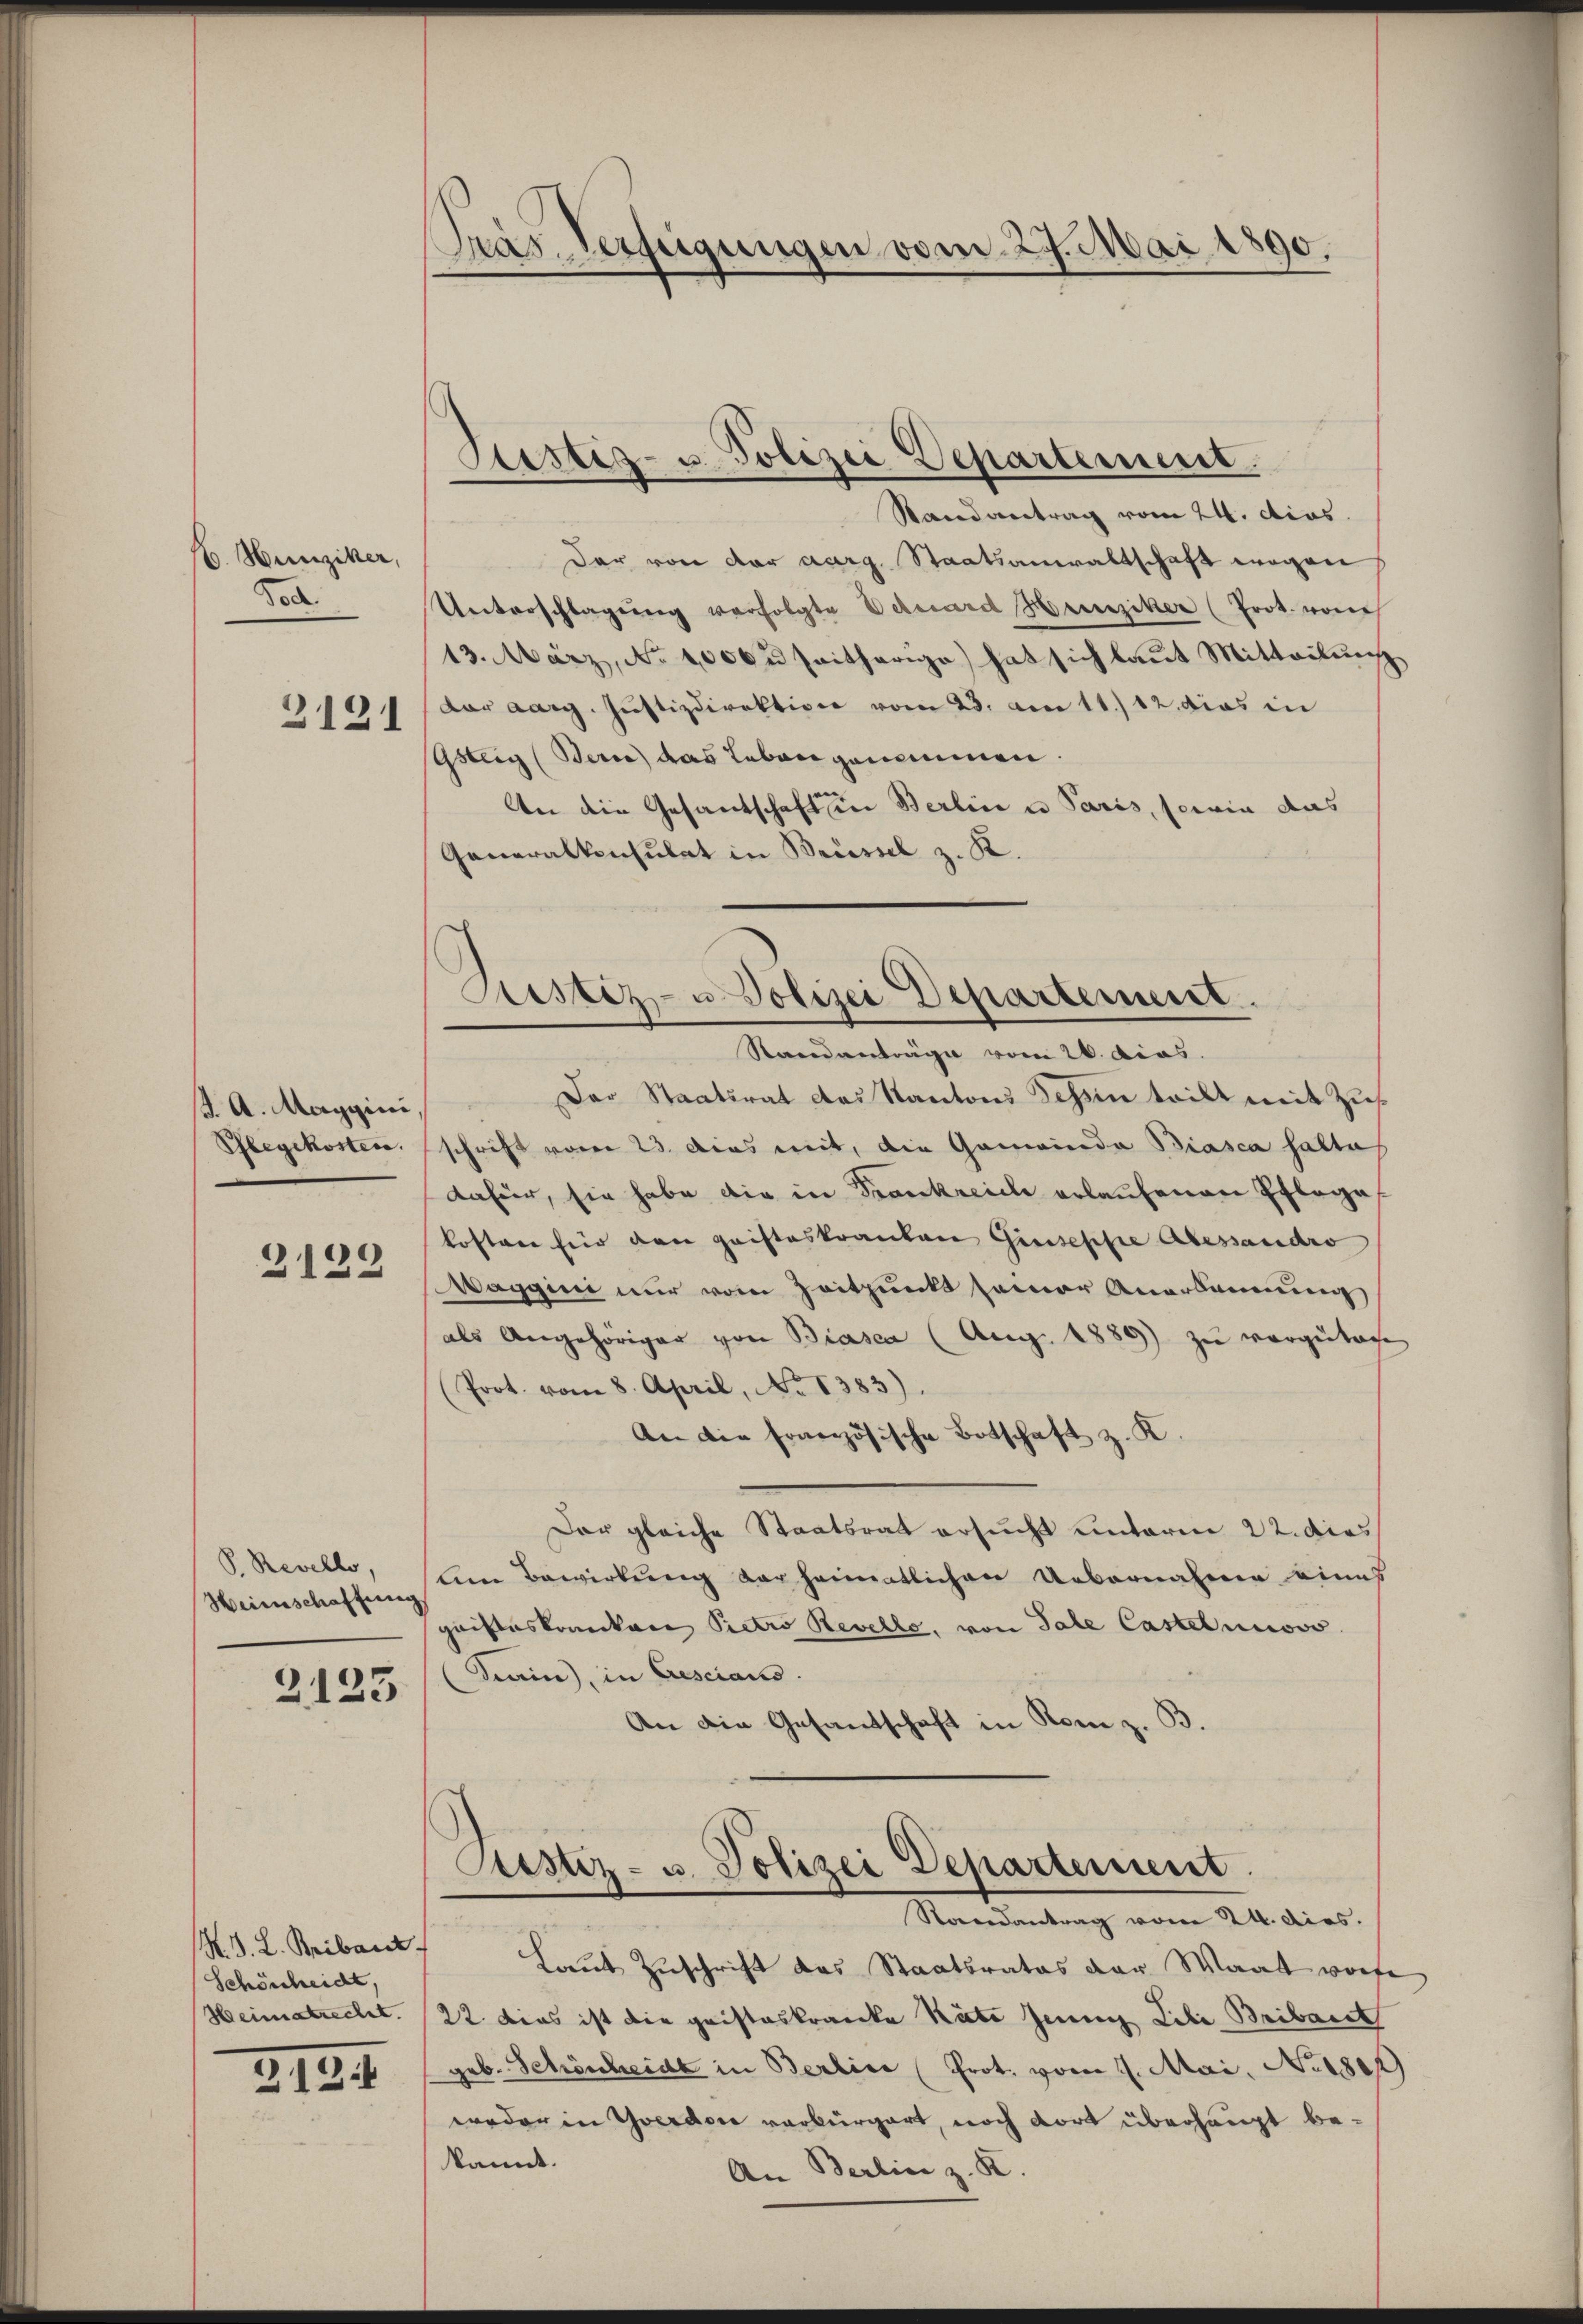
(6. Hunziker,
Tod

3121

J. A. Maggini,
Phlegekosten.
2129

V. Revello,
Heimschaftung

2123

K. G. L. Bribaut
Schönheidt,
Heimatrecht.

2121

Tras Verfügungen vom 27. Mai 1890.

Sistig- u. Polizei Departement.

Randantrag vom 24. dies
dar von der aarg. Staatsanwaltschaft wegen
Unterschlagung verfolgte Schward Heinziker (Prot. von
13. März, No 1000. seitherige hat sich laut Mitteilŭng
dar aarg. Justizdirektion vom 23. am 11./12 dies in
Gsteig (Bern) das Leben genommen.
An die Gesandschaft in Berlin u Paris, sowie das
Generalkonsulat in Brüssel z. K.
Standanträge vom 26. dias.
Der Staatsrat das Kantons Schin teilt mit Zus
schrift vom 23. Das weit, die Gemeinda Biasca halte
dafür, sie habe die in Frankreich erlaufenen Pflege
kosten für den Fristeskranken Giuseppe Alessandro
Waggini nur vom Zeitpunkt seiner Anerkennung
als Angehöriger von Biasca (Aug. 1880 zu vorgetage
(Prot. vom 8. April, No 1383).
An die französische Botschaft z. K.
Der gleiche Staatsrat ersucht unterm 22. dies
Am Bewirkung der heimatlichen Uebernahme eines
quisteskranken Pietro Revelle, von Tale Castetunisvo
Kain), in Cresciano.
An die Gesandschaft in Rom z. B.

Gustiz- u. Polizei Departement.

Justiz- u. Polizei Departement
Randantrag vom 24. dies.

Laut Zuschrift das Staatsrates der Waat worfe
22. Dies ist die pristeskranke Räte Jenny Lili Bribart
geb. Schönheide in Berlin (Prot. vom 1. Mai, Norder
weder in Yverden verbürgert, noch dort überhaupt bekannt.
An Berlin z. R.